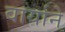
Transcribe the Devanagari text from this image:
वार्याने